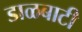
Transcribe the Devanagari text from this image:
डाळबाटी